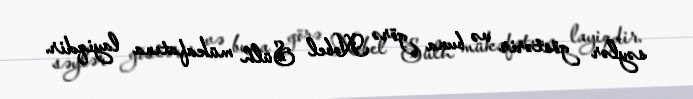
səylər göstərir və buna görə Nobel Sülh mükafatına layiqdir.